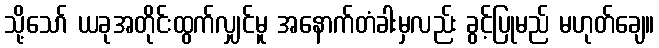
သို့သော် ယခုအတိုင်းထွက်လျှင်မူ အနောက်တံခါးမှလည်း ခွင့်ပြုမည် မဟုတ်ချေ။